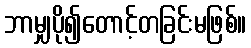
ဘာမျှပို၍တောင့်တခြင်းမဖြစ်။